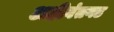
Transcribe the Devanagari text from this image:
अहीवंतगड